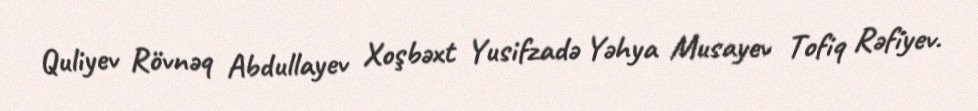
Quliyev Rövnəq Abdullayev Xoşbəxt Yusifzadə Yəhya Musayev Tofiq Rəfiyev.